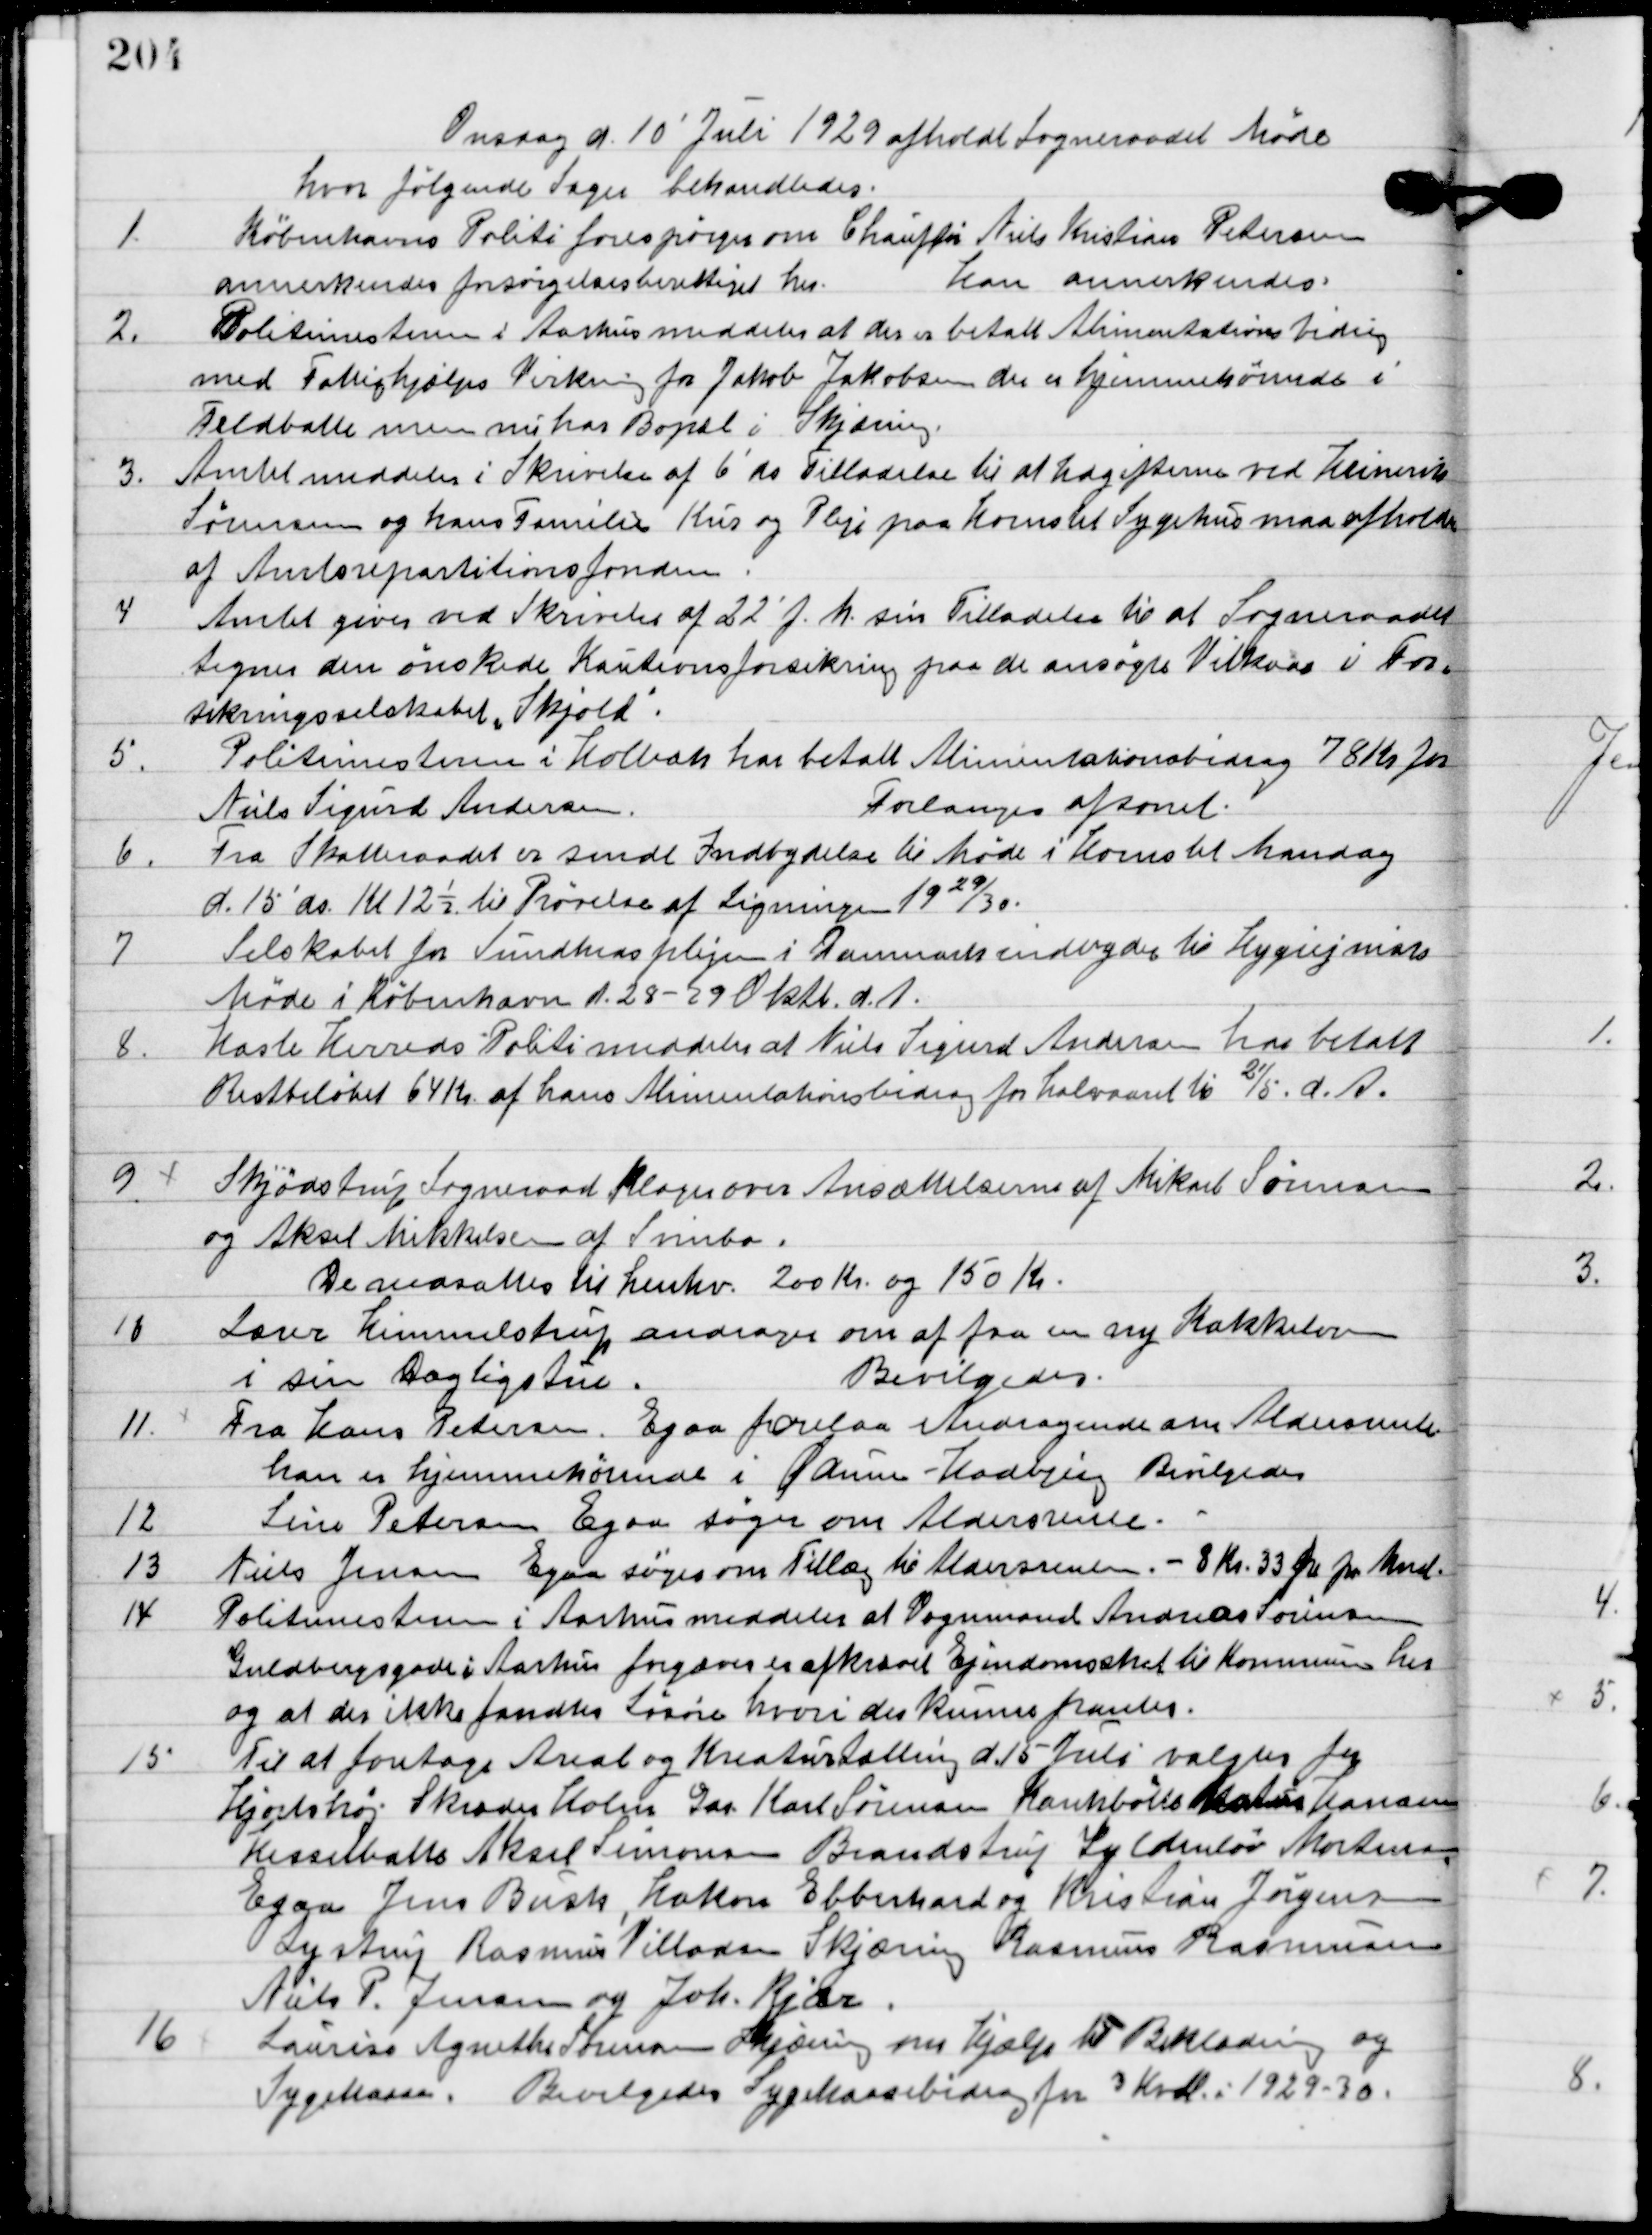
Transskription:
Onsdag d. 10. juli 1929 afholdt sognerådet møde
hvor følgende sager behandledes.

1

Københavns Politi forespørger om chauffør Niels Kristian Pedersen
anerkendes forsørgelsesberettiget her.
Han anerkendes.

2

Politimesteren i Aarhus meddeler at der er betalt Alimentationsbidrag
med Fattighjælps Virkning for Jakob Jakobsen der er hjemmehørende
Feldballe men nu har Bopæl i Skjæring.

3

Amtet meddeler i skrivelse af 6´ds tilladelse til at udgifterne ved Henrik 
Sørensen og hans Families Kur og Pleje paa Hornslet Sygehus maa afholde 
af Amtspantionsfonden.

4

Amtet giver ved Skrivelse af 22´ f.h. sin tilladelse til at Sogneraadet
tegner den ønskede Kautionsforsikring paa de ansøgte Vilkaar i For-
sikringsselskabet ”Skjold”

5

Politimesteren i Holbeak har betalt Alimentationsbidrag 78 kr. for
Niels Sigurd Andersen.
Forlanges afsonet.

6

Fra Skatteraadet er sendt Indbydelse til møde i Horsens til Mandag 
d. 15´ds. Kl. 12½ til Prøvelse af Ligningen 1929/30.

7

Selskabet for Sundhedsplejen i Danmark indbyder til Hygiejne møde
i København d. 28 – 29 Oktb. d. A.

8

Hasle Herreds Politi meddeler at Niels Sigurd Andersen har betalt
restbeløbet 64 kr. af hans Alimentationsbidrag for halvaaret til 21/5. d. A.

9

Skjødstrup Sogneraad klager over Ansættelsen af Mikael Sørensen
og Aksel Mikkelsen af Svinbo.
De ansættes til henhv. 200 kr. og 150 kr.

10

Lærer Himmelstrup ansøger om af faa en ny Kakkelovn
i sin Dagligstue.
Bevilgedes.

11

Fra Hans Petersen, Egaa forelaa Andragende om Aldersrente
han er hjemmehørende i Ødum-Hadbjerg.
Bevilgedes.

12

Sine Petersen Egaa søger om Aldersrente.

13

Niels Jensen Egaa søger om Tillæg til Aldersrenten.
 – 8 kr. 33 øre pr. Mnd.

14

Politimesteren i Aarhus meddeler at Vognmand Andreas Sørensen
Guldbergsgade i Aarhus forsøger afkrævet Ejendomsskat til Kommunen her
og at der ikke fandtes løsøre hvori der kunne pantes.

15

Til at foretage Areal og Kreaturtælling d. 15. Juli valgtes for 
Hjortshøj Skræder Holm, Gar.  Karl Sørensen Kankbølle Matias Hansen 
Hesselballe Aksel Simonsen Brandstrup Ly. Cdentør Mortensen 
Egaa Jens Bush, Holker Eberhard og Kristian Jørgensen 
Lystrup Rasmus Villadsen Skjæring Rasmus Rasmussen 
Niels P. Jensen og Joh. Kjær.

16

Louise Agnete  Skjæring som hjælp Til Beklædning og 
Sygekasse. 
Bevilgedes Sygekassebidrag for 3 Kvdl. I 1929 – 30.